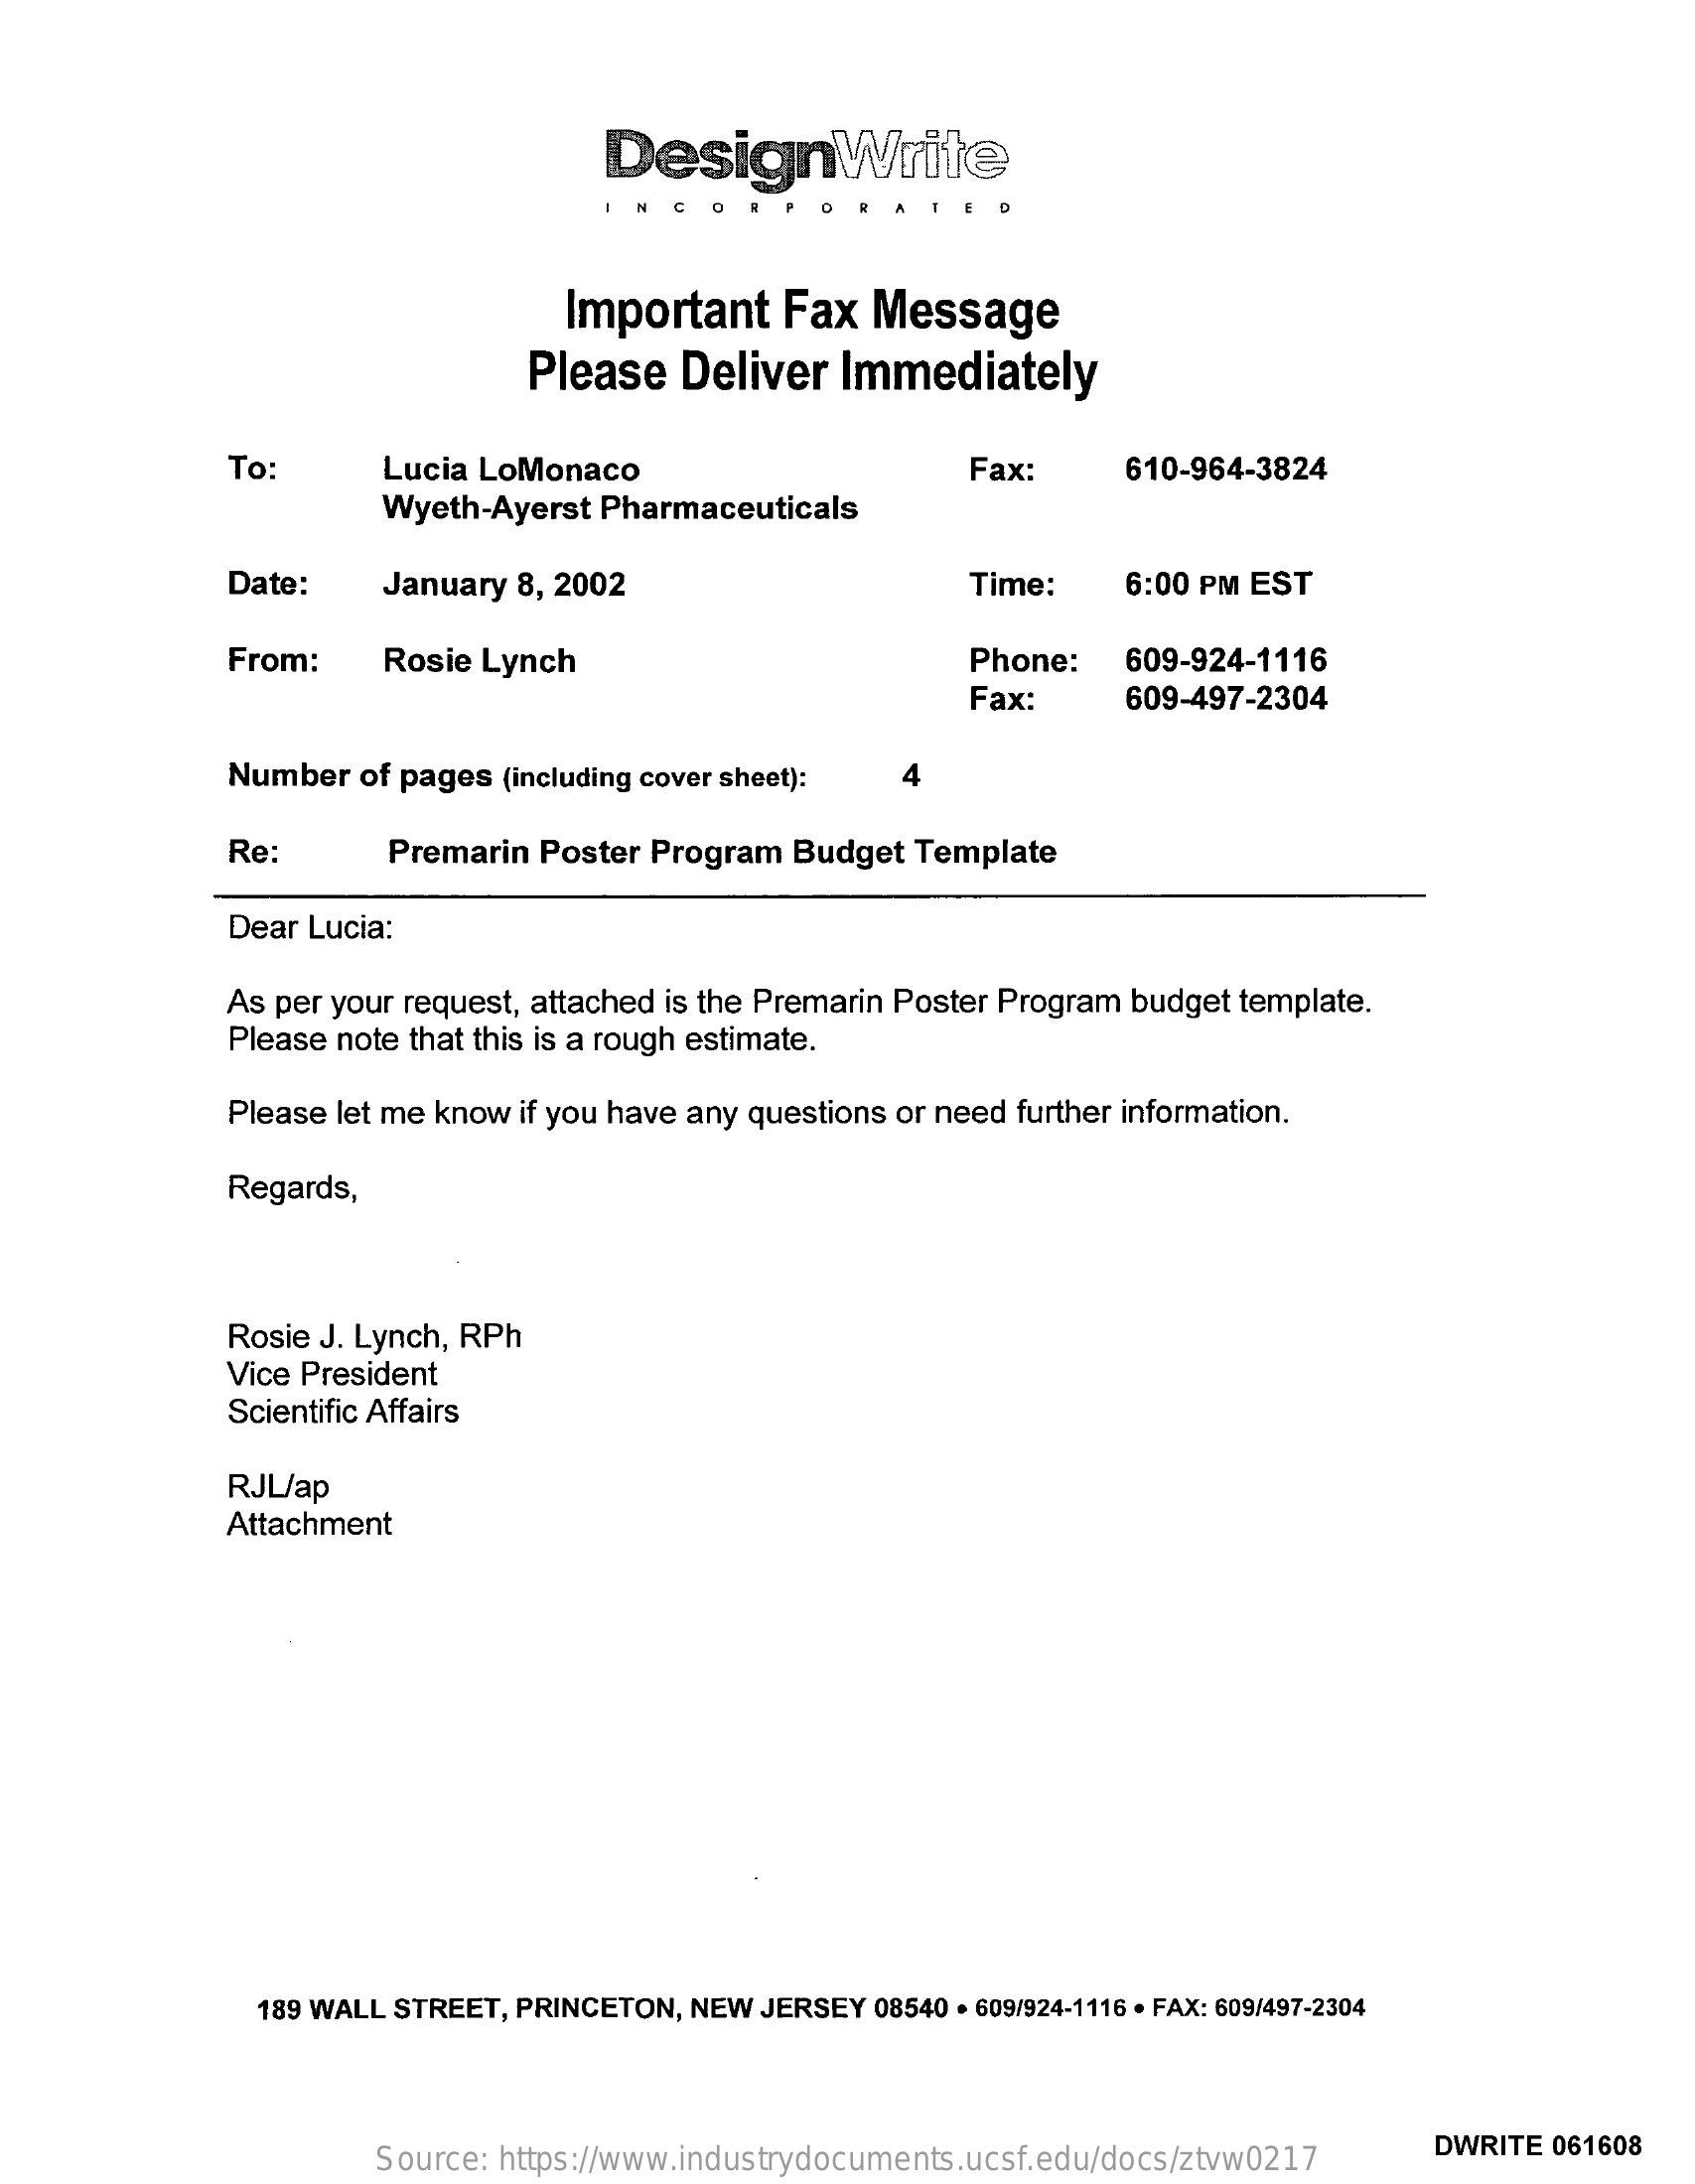
DesignWrite
     Important    Fax  Message
     Please   Deliver  Immediately
     To:    Lucia LoMonaco    Fax:    610-964-3824
     Wyeth-Ayerst Pharmaceuticals
     Date:    January 8, 2002    Time:    6:00 PM EST
     From:    Rosie Lynch    Phone:   609-924-1116
     Fax:    609-497-2304
     Number  of pages (including cover sheet): 4
     Re:    Premarin Poster Program  Budget Template
     Dear Lucia:
     As per your request, attached is the Premarin Poster Program budget template.
     Please note that this is a rough estimate.
     Please let me know if you have any questions or need further information.
     Regards,
     Rosie J. Lynch, RPh
     Vice President
     Scientific Affairs
     RJL/ap
     Attachment
     189 WALL STREET, PRINCETON, NEW JERSEY 08540 . 609/924-1116 · FAX: 609/497-2304
     Source: https://www.industrydocuments.ucsf.edu/docs/ztvw0217
     DWRITE 061608